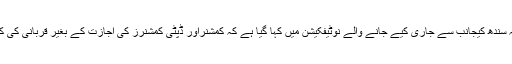
تفصیلات کے مطابق محکمہ داخلہ سندھ کیجانب سے جاری کیے جانے والے نوٹیفکیشن میں کہا گیا ہے کہ کمشنراور ڈپٹی کمشنرز کی اجازت کے بغیر قربانی کی کھالیں جمع کرنے پر پابندی ہوگی۔